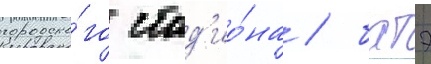
городско́го стад'ио́на / батэ